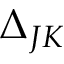
\Delta _ { J K }